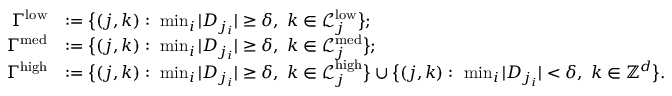
\begin{array} { r } { \begin{array} { r l } { \Gamma ^ { \mathrm { l o w } } } & { : = \big \{ ( j , k ) : \ \operatorname* { m i n } _ { i } | D _ { j _ { i } } | \geq \delta , \ k \in \mathcal { L } _ { j } ^ { \mathrm { l o w } } \big \} ; } \\ { \Gamma ^ { \mathrm { m e d } } } & { : = \big \{ ( j , k ) : \ \operatorname* { m i n } _ { i } | D _ { j _ { i } } | \geq \delta , \ k \in \mathcal { L } _ { j } ^ { \mathrm { m e d } } \big \} ; } \\ { \Gamma ^ { \mathrm { h i g h } } } & { : = \big \{ ( j , k ) : \ \operatorname* { m i n } _ { i } | D _ { j _ { i } } | \geq \delta , \ k \in \mathcal { L } _ { j } ^ { \mathrm { h i g h } } \big \} \cup \big \{ ( j , k ) : \ \operatorname* { m i n } _ { i } | D _ { j _ { i } } | < \delta , \ k \in \mathbb { Z } ^ { d } \big \} . } \end{array} } \end{array}